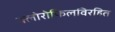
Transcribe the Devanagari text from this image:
क्लोरोफिलविरहित